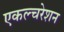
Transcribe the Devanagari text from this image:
एकल्चरेशन